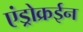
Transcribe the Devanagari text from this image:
एंड्रोक्रईन